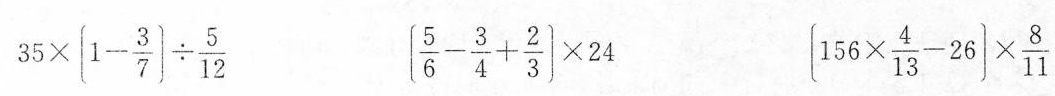
$$3 5 \times [ 1 - \frac { 3 } { 7 } ) \div \frac { 5 } { 1 2 }$$ $$[ \frac { 5 } { 6 } - \frac { 3 } { 4 } + \frac { 2 } { 3 } ) \times 2 4$$ $$[ 1 5 6 \times \frac { 4 } { 1 3 } - 2 6 ] \times \frac { 8 } { 1 1 }$$